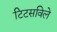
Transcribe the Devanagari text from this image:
टिटसविले